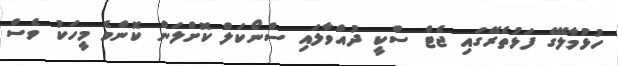
ހުޅުމާލޭގެ ފަޅުތެރޭގައި ޖެޓް ސްކީ ދުއްވާލައި ސްނޯކަލް ކޮށްލަން ކޮންމެ މީހަކު ވެސް